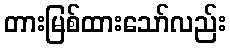
တားမြစ်ထားသော်လည်း